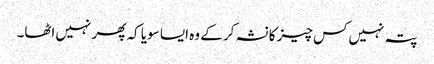
پتہ نہیں‌کس چیز کا نشہ کر کے وہ ایسا سویا کہ پھر نہیں‌اٹھا۔